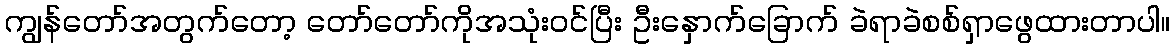
ကျွန်တော်အတွက်တော့ တော်တော်ကိုအသုံးဝင်ပြီး ဦးနှောက်ခြောက် ခဲရာခဲစစ်ရှာဖွေထားတာပါ။